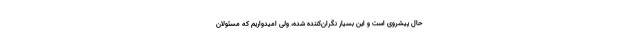
حال پیشروی است و این بسیار نگران‌کننده شده، ولی امیدواریم که مسئولان